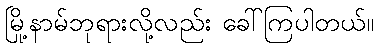
မြို့နာမ်ဘုရားလို့လည်း ခေါ်ကြပါတယ်။